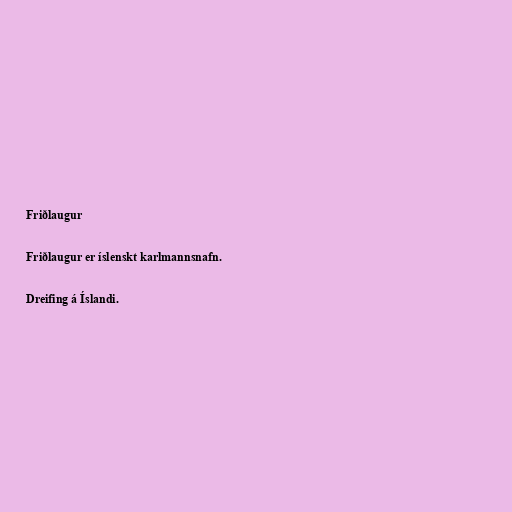
Friðlaugur

Friðlaugur er íslenskt karlmannsnafn.

Dreifing á Íslandi.